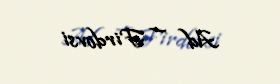
Ad — Firdovsi